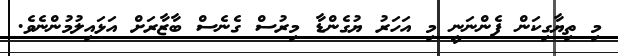
މި ތިޔާގިކަން ފެންނަނީ މި އަހަރު ޔުގެންޑާ މިރުސް ގެނެސް ބާޒާރަށް އަޅައިލުމުންނެވެ.